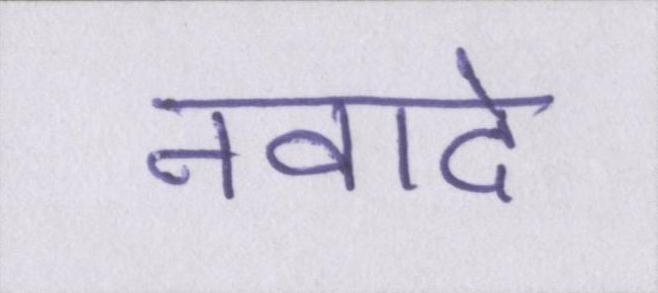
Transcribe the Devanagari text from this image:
नवादे